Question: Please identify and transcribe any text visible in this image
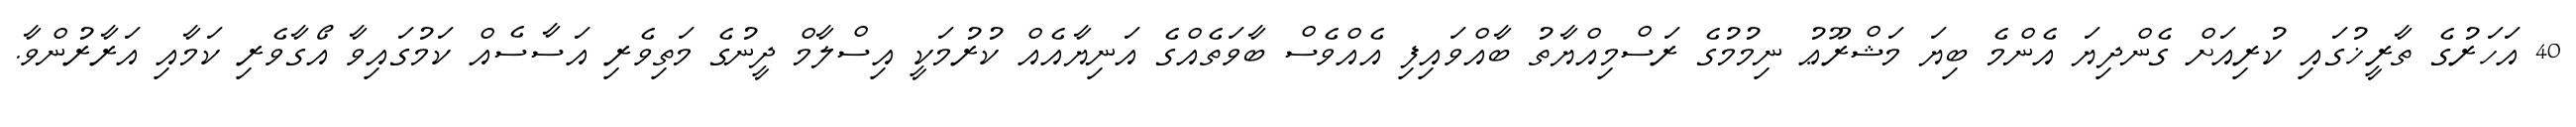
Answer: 40 އަހަރުގެ ތާރީޚުގައި ކުރިއަށް ގެންދިޔަ އެންމެ ބިޔަ މަޝްރޫޢު ނިމުމުގެ ރަސްމިއްޔާތު ބާއްވައިފި އެއްވެސް ބާވަތެއްގެ އަނިޔާއެއް ކުރުމަކީ އިސްލާމް ދީނުގެ މަތިވެރި އަސާސެއް ކަމުގައިވާ އޯގާވެރި ކަމާއި އަރާރުންވާ.